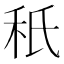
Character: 秖